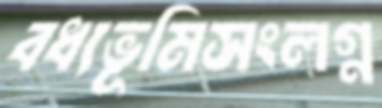
বধ্যভূমিসংলগ্ন